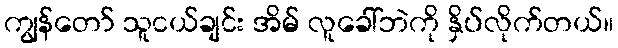
ကျွန်တော် သူငယ်ချင်း အိမ် လူခေါ်ဘဲကို နှိပ်လိုက်တယ်။